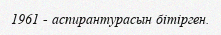
1961 - аспирантурасын бітірген.